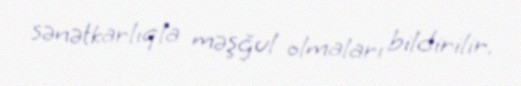
sənətkarlıqla məşğul olmaları bildirilir.